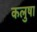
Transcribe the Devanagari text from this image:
कलुषा